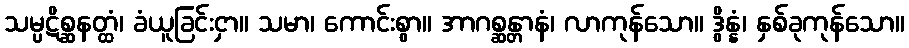
သမ္ပဋိစ္ဆနတ္ထံ၊ ခံယူခြင်းငှာ။ သမာ၊ ကောင်းစွာ။ အာဂစ္ဆန္တာနံ၊ လာကုန်သော။ ဒွိန္နံ၊ နှစ်ခုကုန်သော။